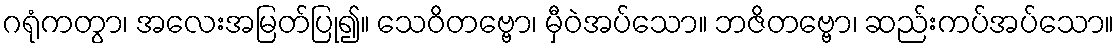
ဂရုံကတွာ၊ အလေးအမြတ်ပြု၍။ သေဝိတဗ္ဗော၊ မှီဝဲအပ်သော။ ဘဇိတဗ္ဗော၊ ဆည်းကပ်အပ်သော။